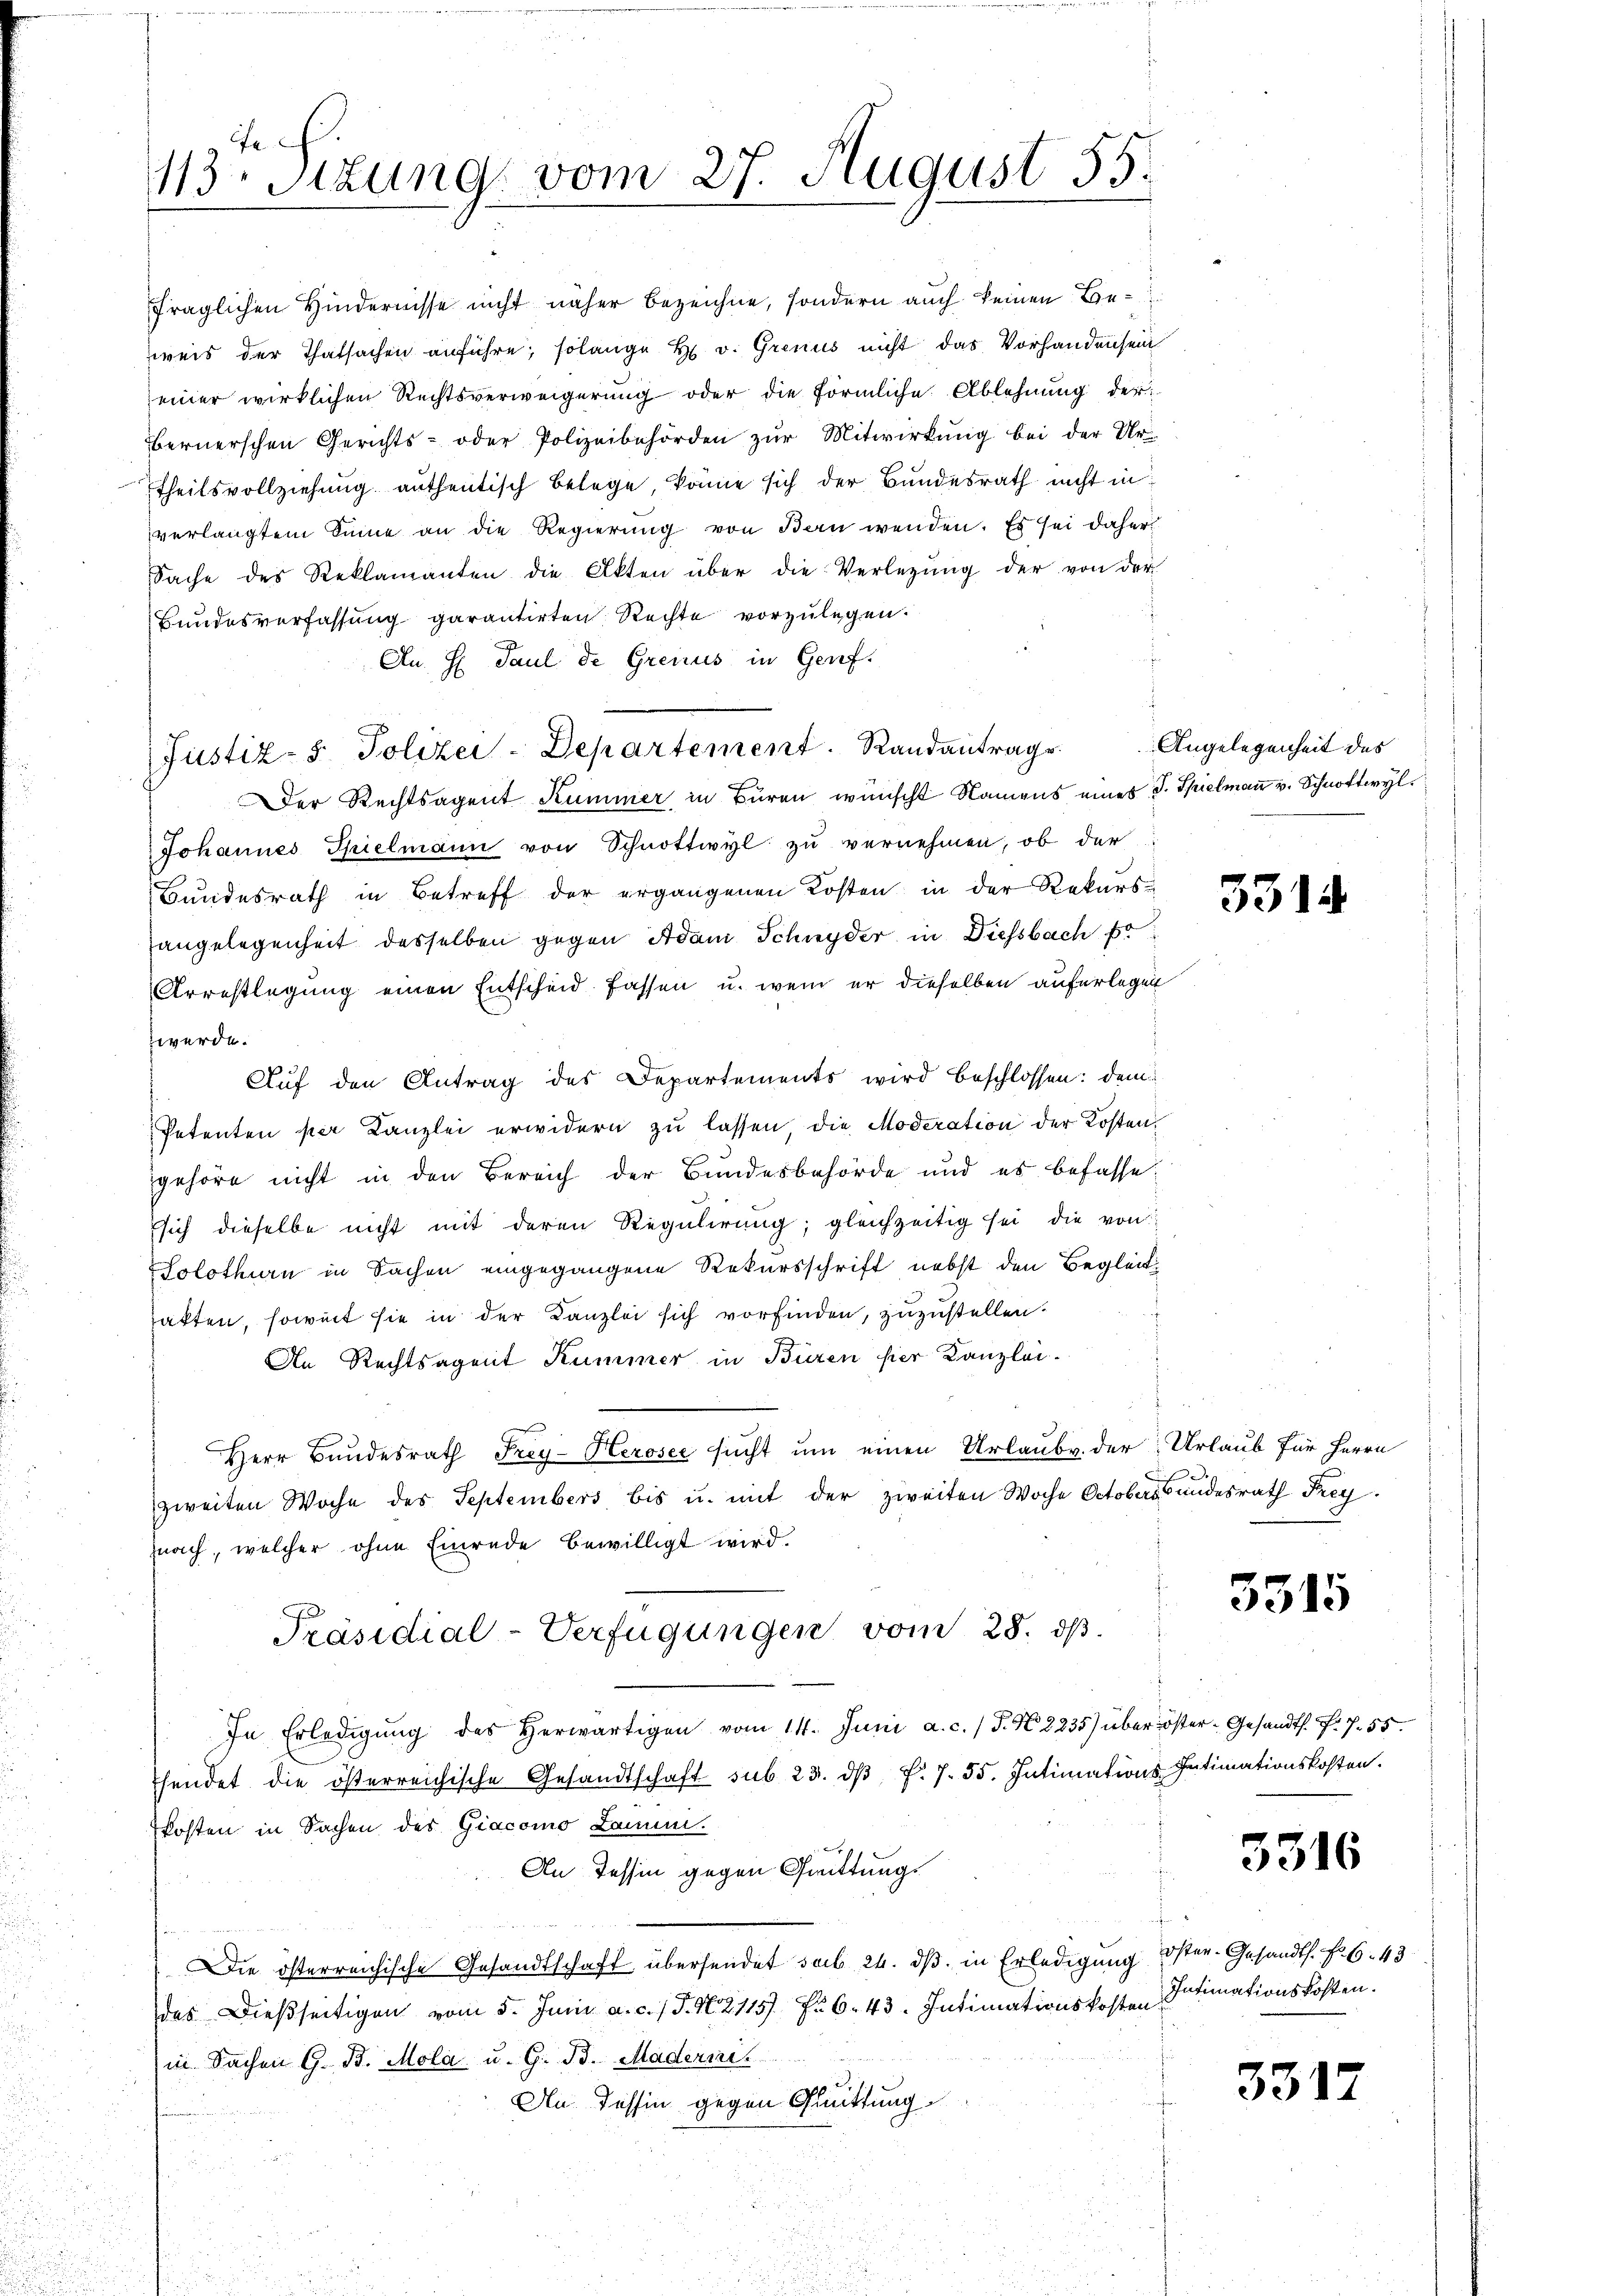
13. Sitzung vom 27. August 55.

fraglichen Hindernisse nicht näher bezeichne, sondern auch keinen Beweis der Thatsachen anführe; solange H. v. Grenus nicht das Vorhandensein
einer wirklichen Rechtsverweigerung oder die förmliche Ablehnung der
bernerschen Gerichts- oder Polizeibehörden zŭr Mitwirkung bei der Ur-
Theilsvollziehung authentisch belege, könne sich der Bundesrath nicht in
verlangtem Sinne an die Regierung von Bern wenden. Es sei daher
Sache des Reklamanten die Akten über die Verlegŭng der von der
Bundesverfassung garantirten Rechte vorzulegen.
Au. H. Paul de Greiius in Genf.
Der Rechtsagent Kummer in Büren wünscht Namens eines J. Spielmann v. Schnottwyl¬
Johannes Spielmann von Schnottwyl zu vernehmen, ob der
Bundesrath in Betreff der ergangenen Kosten in der Rekurs-
angelegenheit desselben gegen Adam Schnyder in Diessbach pr
Arrestlegung einen Entscheid fassen u. wenn er dieselben auferlegen
werde.
.
Auf den Antrag des Departements wird beschlossen: dem
Petenten per Kanzlei erwidern zu lassen die Moderation der Kostengehöre nicht in den Bereich der Bundesbehörde und es befassesich dieselbe nicht mit deren Regulirung; gleichzeitig sei die von
Solothurn in Sachen eingegangene Rekursschrift nebst den Begleithatten, soweit sie in der Kanzlei sich vorfinden, zuzustellen.
An Rechtsagent Kummer in Büren hier Kanzlei-
Herr Bundesrath Frey-Heroser sicht um einen Urlaubv. der Urlaub für Herrn
zweiten Woche des Septembers bis u. mit der zweiten Woche Octoberstandesrath Freynach, welcher ohne Einrede bewilligt wird.
Präsidial-Verfügungen vom 28. ds.
In Erledigŭng des herwärtigen vom 14. Juni a. c. J. N. 2235) über öster- Gesandts. f. 755.
hendet die österreichische Gesandtschaft sub 23. dβ f. 7. 55. Intimations Intimationskosten.
kosten in Sachen der Giacomo Lamm.
An Tessin gegen Quittung
Die österreichische Gesandtschaft übersendet sub 24. dβ in Erledigung Öster- Gesandts. f. 643
des dießseitigen vom 5. Juni a. c. / J. N. 2115) Fr. 6. 43. Intimationskosten Intimationskosten.
in Sachen G. B. Mola u. G. B. Maderni
An Tessin gegen Quittung.

Justiz- & Polizei-Departement. Randantrage

Angelegenheit des

55

3315

3316

3312